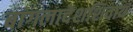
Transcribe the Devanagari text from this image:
बांगलादेशशिवाय